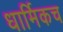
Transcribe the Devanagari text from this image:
धार्मिकच